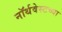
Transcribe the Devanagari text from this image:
नॉर्थवेस्टच्या